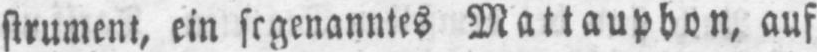
Mattauphon, auf